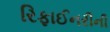
રિફાઈનરીની